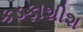
કડફાશીશ